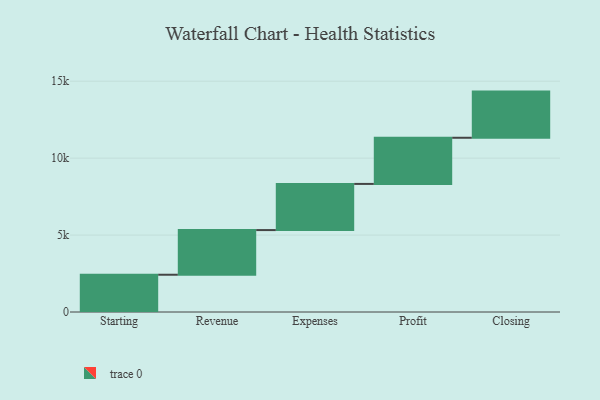
{"axis": {"x": "Step", "y": "Value"}, "legend": [""], "data": [{"x": "Starting", "y": 2422.0, "type": ""}, {"x": "Revenue", "y": 2902.0, "type": ""}, {"x": "Expenses", "y": 3000, "type": ""}, {"x": "Profit", "y": 3000, "type": ""}, {"x": "Closing", "y": 3000, "type": ""}]}